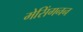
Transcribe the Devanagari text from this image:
मेसिंगनन